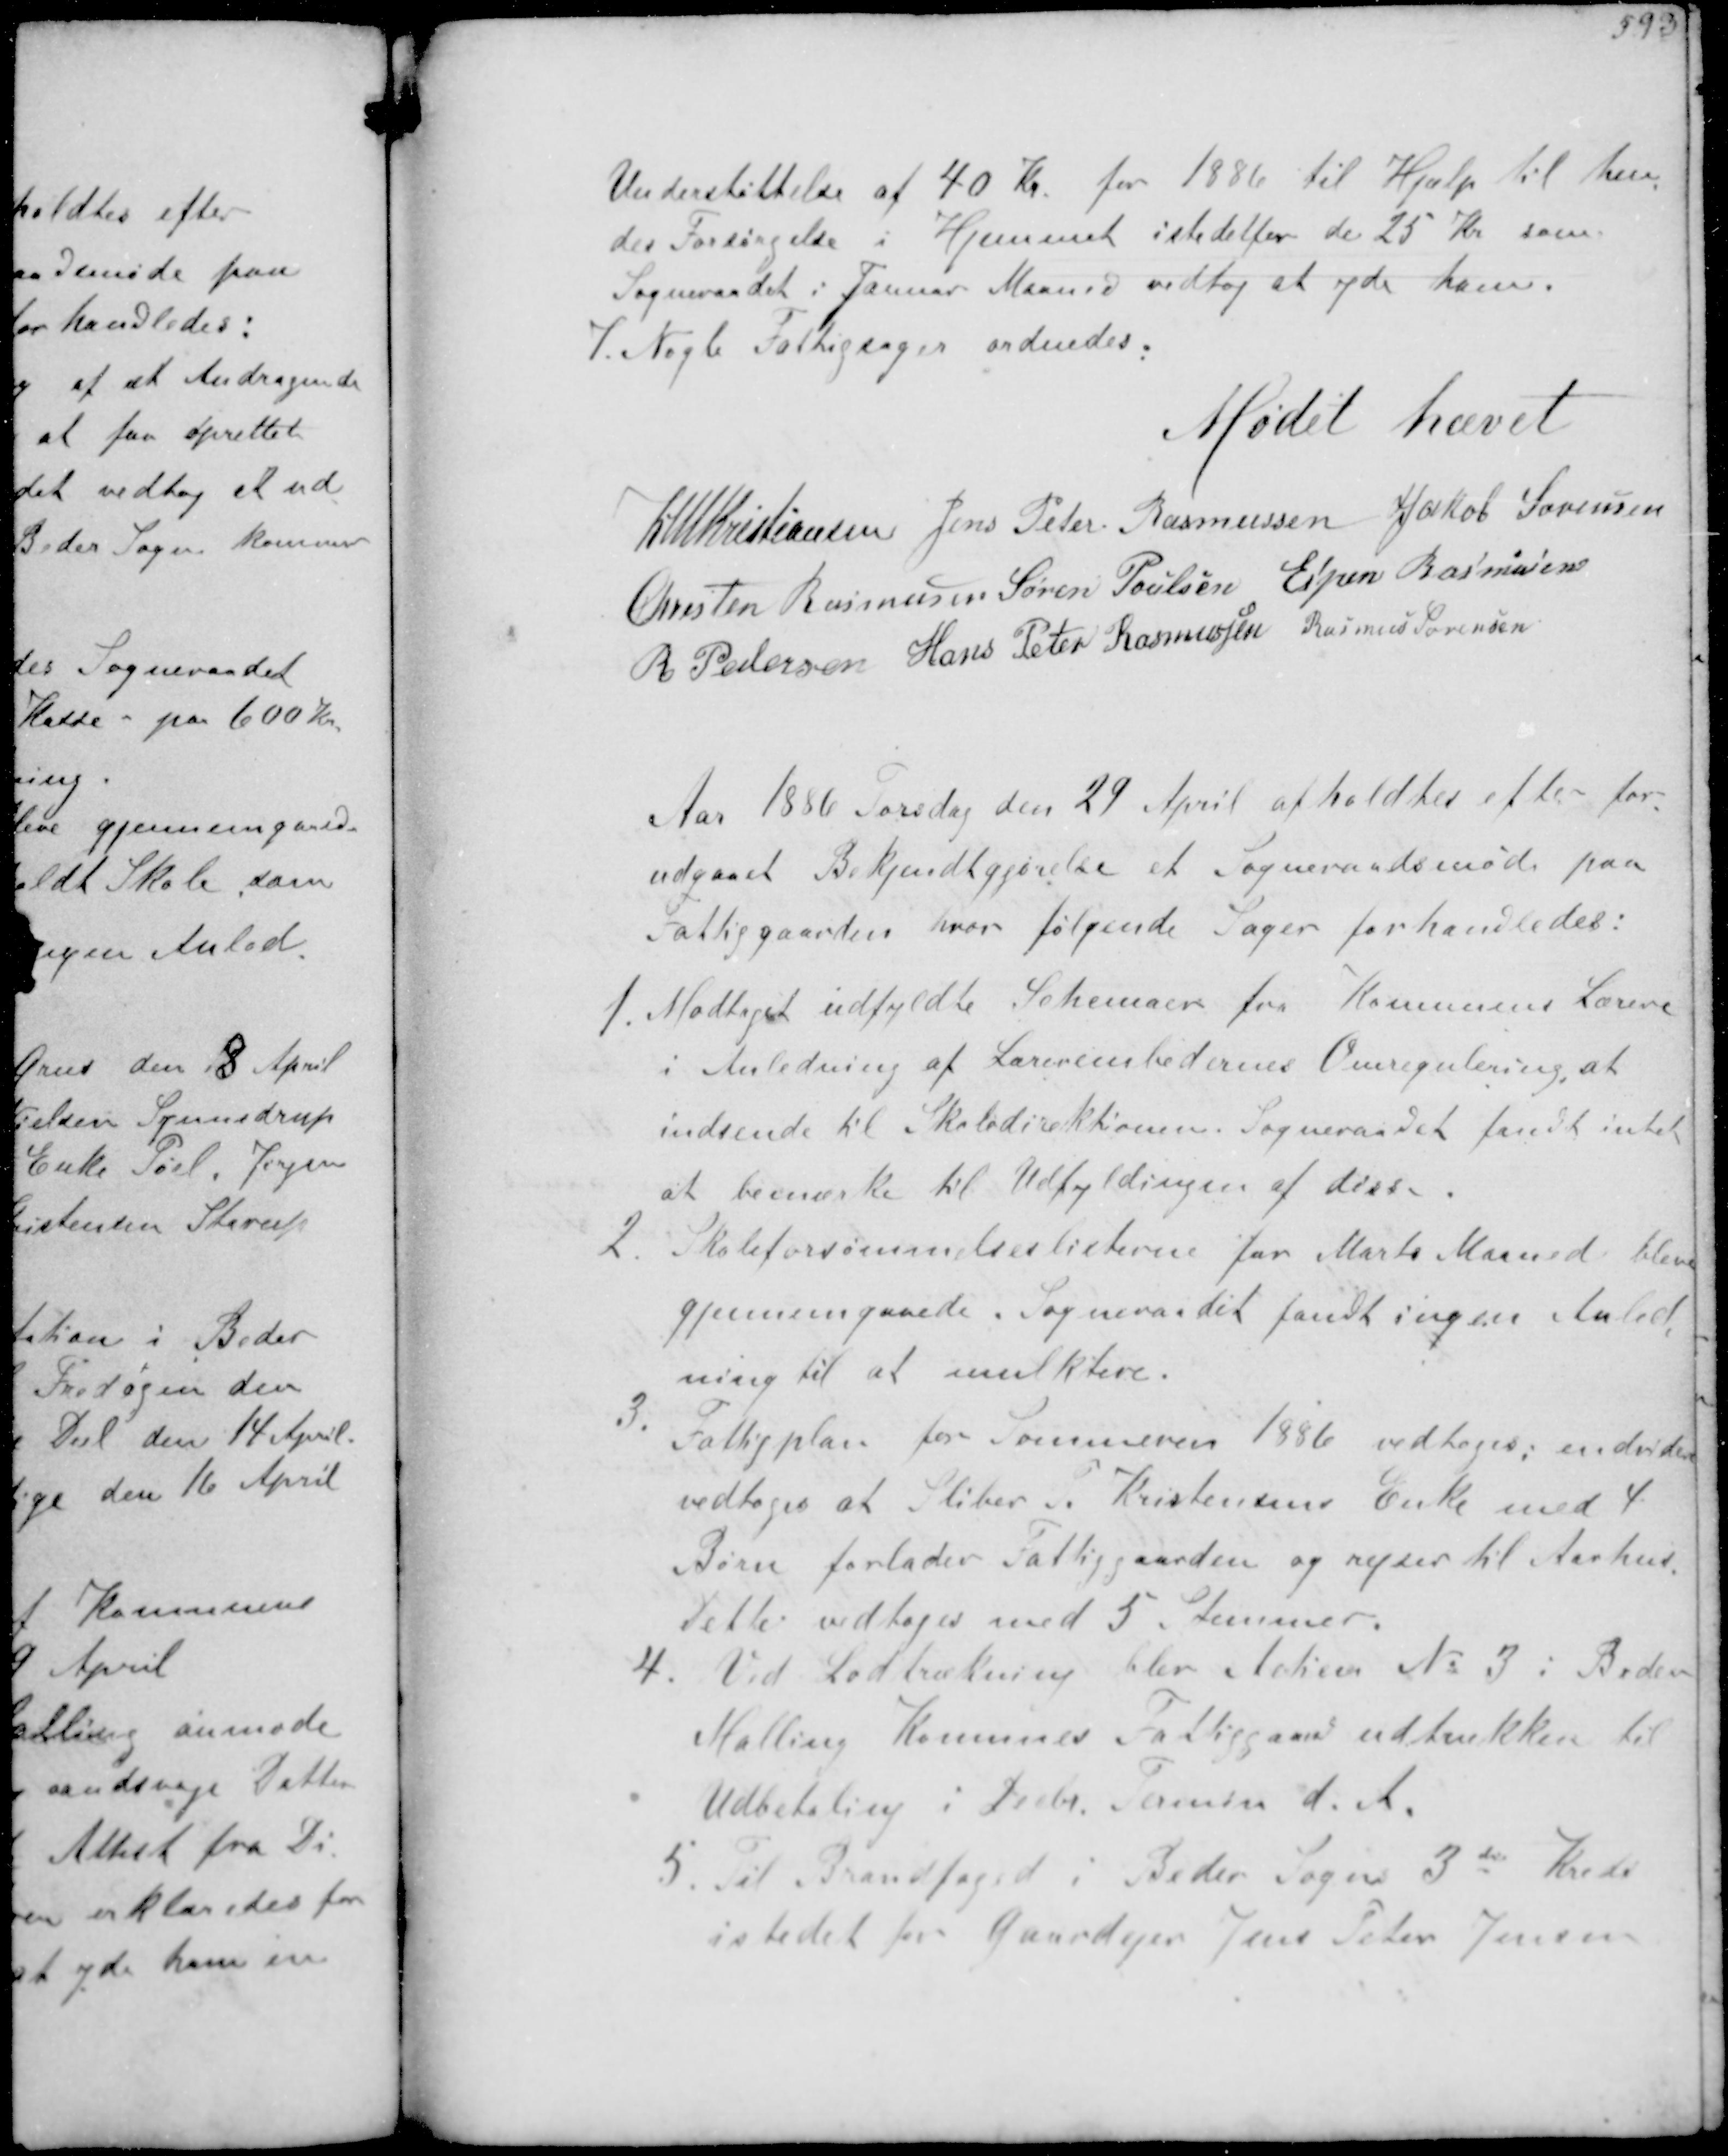
Transskription:
Understøttelse af 40 Kr for 1886 til Hjælp til hen-
des forsørgelse i Hjemmet istedetfor de 25 Kr som
Sogneraadet i Januar Maaned vedtog at yde ham.
7. Nogle Fattigsager ordnedes.

Mødet hævet

K N M Kristiansen Jens Peter Rasmussen Jakob Sørensen
Chresten Rasmussen Søren Poulsen Espen Rasmussen
R Pedersen Hans Peter Rasmussen Rasmus Sørensen

Aar 1886 Torsdag den 27 April afholdtes efter for-
udgaaet Bekjendtgjørelse et Sogneraadsmøde paa
Fattiggaarden hvor følgende Sager forhandledes:
1. Modtaget udfyldte Schemaer for Kommunens Lærere
i Anledning af Lærerembedernes Omregulering at
indsende til Skoledirektionen. Sogneraadet fandt intet
at bemærke til Udfyldningen af disse.
2 Skoleforsømmelseslisterne for Marts Maaned blev
gjennemgaaede Sogneraadet fandt ingen Anled-
ning til at mulktere.
3. Fattigplan for Sommeren 1936 vedtoges endvidere
vedtoges at Sliber Kristensens Enke med 4
Børn forlader Fattiggaarden og rejser til Aarhus
Dette vedtoges med 5 Stemmer
4. Ved Lodtrækning blev Aktien No 1 i Beder
Malling Komunes Fattiggaard udtrukken til
Udbetaling i Decbr. Termin d. A.
5. Til Brandfoged i Beder Sogns 3d Kreds
istedet for Gaardejer Jens Peter Jensen